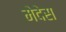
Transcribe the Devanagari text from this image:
मेदेस